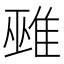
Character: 𨿏